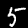
Digit: 5